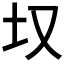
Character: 𪢲